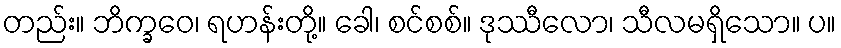
တည်း။ ဘိက္ခဝေ၊ ရဟန်းတို့။ ခေါ၊ စင်စစ်။ ဒုဿီလော၊ သီလမရှိသော။ ပ။